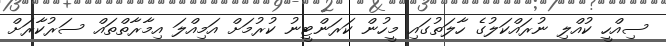
ސިއްހީ ކުއްލި ނުރައްކަލުގެ ހާލަތުގައި މީހުން ކަރަންޓީނު ކުރުމަށް އަމިއްލަ އިމާރާތްތައް ސަރުކާރަށް